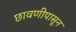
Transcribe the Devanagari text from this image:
छावणीपासून